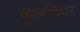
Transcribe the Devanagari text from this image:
कुलच्चिर